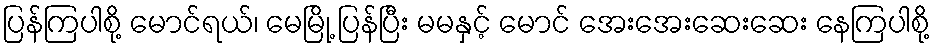
ပြန်ကြပါစို့ မောင်ရယ်၊ မေမြို့ ပြန်ပြီး မမနှင့် မောင် အေးအေးဆေးဆေး နေကြပါစို့